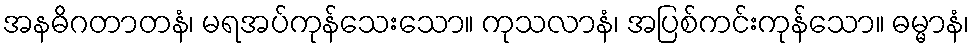
အနဓိဂတာတနံ၊ မရအပ်ကုန်သေးသော။ ကုသလာနံ၊ အပြစ်ကင်းကုန်သော။ ဓမ္မာနံ၊